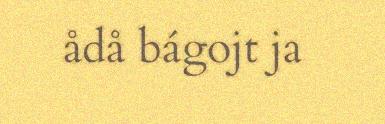
ådå bágojt ja